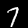
Digit: 7